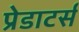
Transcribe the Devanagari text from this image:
प्रेडाटर्स